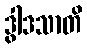
ဒွါဒသာတိ